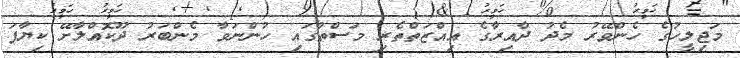
މަޖިލީހުގެ ހެންވޭރު މެދު ދާއިރާގެ އިއްޒަތްތެރި މަސްތުގައި ހުންނަވާ މެންބަރު ދޫކޮއްލާށޭ ކިޔާފަ